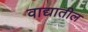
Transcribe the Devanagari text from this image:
वाद्यातील